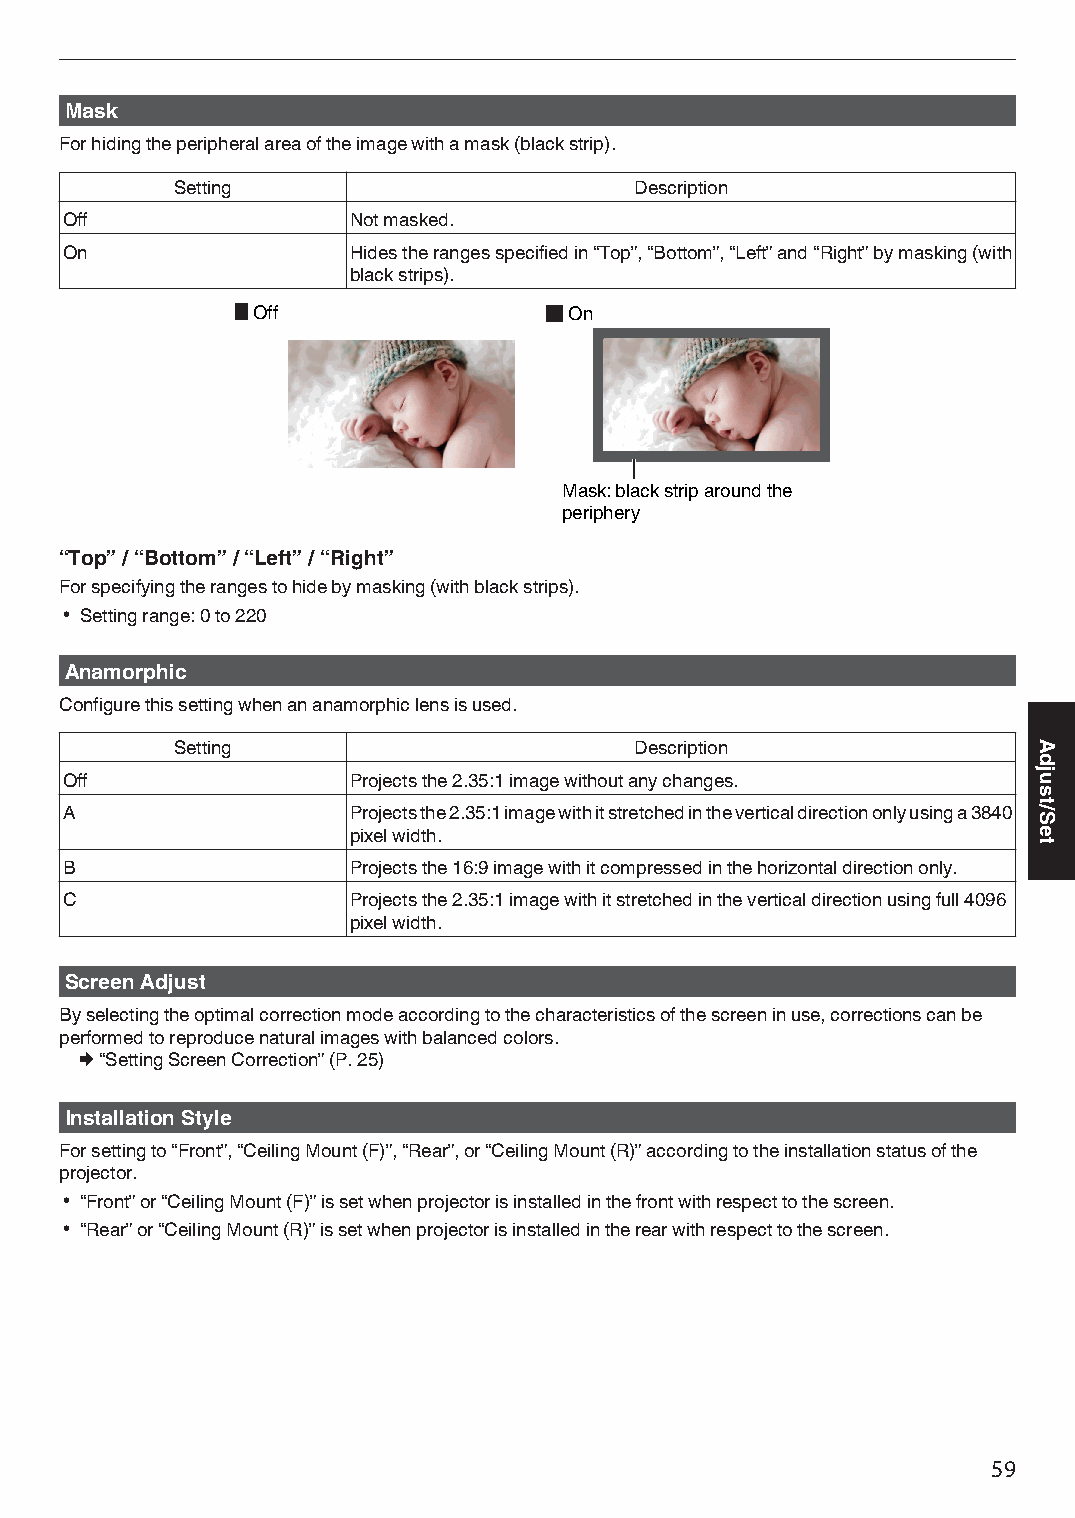
Mask
 For hiding the peripheral area of the image with a mask (black strip).
 Setting                        Description
 Off                Not masked.
 On                 Hides the ranges specified in “Top”, “Bottom”, “Left” and “Right” by masking (with
 black strips).
 Off                  On
 Mask: black strip around the
 periphery
 “Top” / “Bottom” / “Left” / “Right”
 For specifying the ranges to hide by masking (with black strips).
 0 Setting range: 0 to 220
 Anamorphic
 Configure this setting when an anamorphic lens is used.
 Setting                        Description
 Off                Projects the 2.35:1 image without any changes.
 A                  Projects the 2.35:1 image with it stretched in the vertical direction only using a 3840
 pixel width.
 B                  Projects the 16:9 image with it compressed in the horizontal direction only.
 C                  Projects the 2.35:1 image with it stretched in the vertical direction using full 4096
 pixel width.
 Screen Adjust
 By selecting the optimal correction mode according to the characteristics of the screen in use, corrections can be
 performed to reproduce natural images with balanced colors.
 Æ “Setting Screen Correction” (P. 25)
 Installation Style
 For setting to “Front”, “Ceiling Mount (F)”, “Rear”, or “Ceiling Mount (R)” according to the installation status of the
 projector.
 0 “Front” or “Ceiling Mount (F)” is set when projector is installed in the front with respect to the screen.
 0 “Rear” or “Ceiling Mount (R)” is set when projector is installed in the rear with respect to the screen.
 59
 Adjust/Set